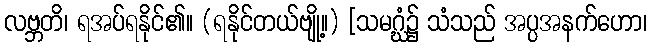
လဗ္ဘတိ၊ ရအပ်ရနိုင်၏။ (ရနိုင်တယ်ဗျို့။) [သမဂ္ဃံ၌ သံသည် အပ္ပအနက်ဟော၊